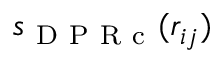
s _ { \mathrm { ~ D ~ P ~ R ~ c ~ } } ( r _ { i j } )